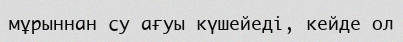
мұрыннан су ағуы күшейеді, кейде ол